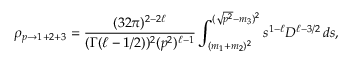
\rho _ { p \rightarrow 1 + 2 + 3 } = \frac { ( 3 2 \pi ) ^ { 2 - 2 \ell } } { ( \Gamma ( \ell - 1 / 2 ) ) ^ { 2 } ( p ^ { 2 } ) ^ { \ell - 1 } } \int _ { ( m _ { 1 } + m _ { 2 } ) ^ { 2 } } ^ { ( \sqrt { p ^ { 2 } } - m _ { 3 } ) ^ { 2 } } s ^ { 1 - \ell } { \cal D } ^ { \ell - 3 / 2 } \, d s ,